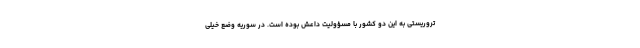
تروریستی به این دو کشور با مسؤولیت داعش بوده است. در سوریه وضع خیلی